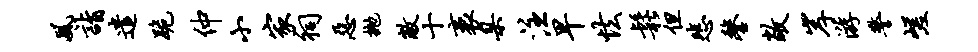
风诣遣跪仲小家祠恶抛敝十袤臬注早怯松但悲鏊敞岸游警嵯